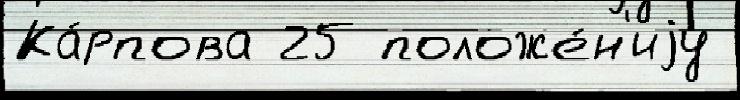
Ка́рпова 25 положе́н'иjу